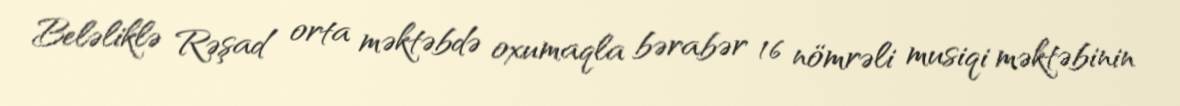
Beləliklə Rəşad orta məktəbdə oxumaqla bərabər 16 nömrəli musiqi məktəbinin